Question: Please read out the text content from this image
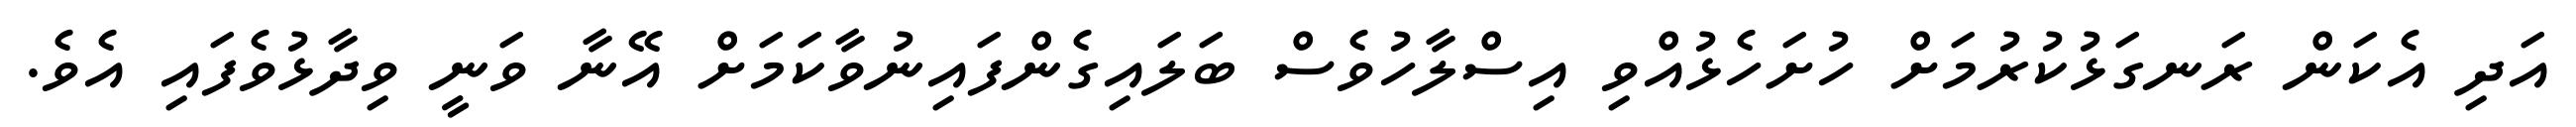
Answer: އަދި އެކަން ރަނގަޅުކުރުމަށް ހުށަހެޅުއްވި އިސްލާހުވެސް ބަލައިގެންފައިނުވާކަމަށް އޭނާ ވަނީ ވިދާޅުވެފައި އެވެ.